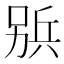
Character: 𠔦